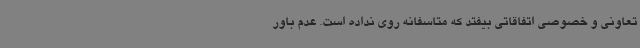
تعاونی و خصوصی اتفاقاتی بیفتد که متاسفانه روی نداده است. عدم باور